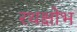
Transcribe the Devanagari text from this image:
रथक्षोभ